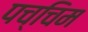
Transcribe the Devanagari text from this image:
पच्चिम